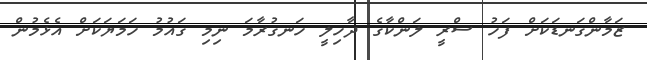
ޒަމާންގަނޑަކަށް ފަހު ސްރީ ލަންކާގެ ދާހިލީ ހަނގުރާމަ ނިމި ގައުމު ހަމަޔަކަށް އެޅެމުން